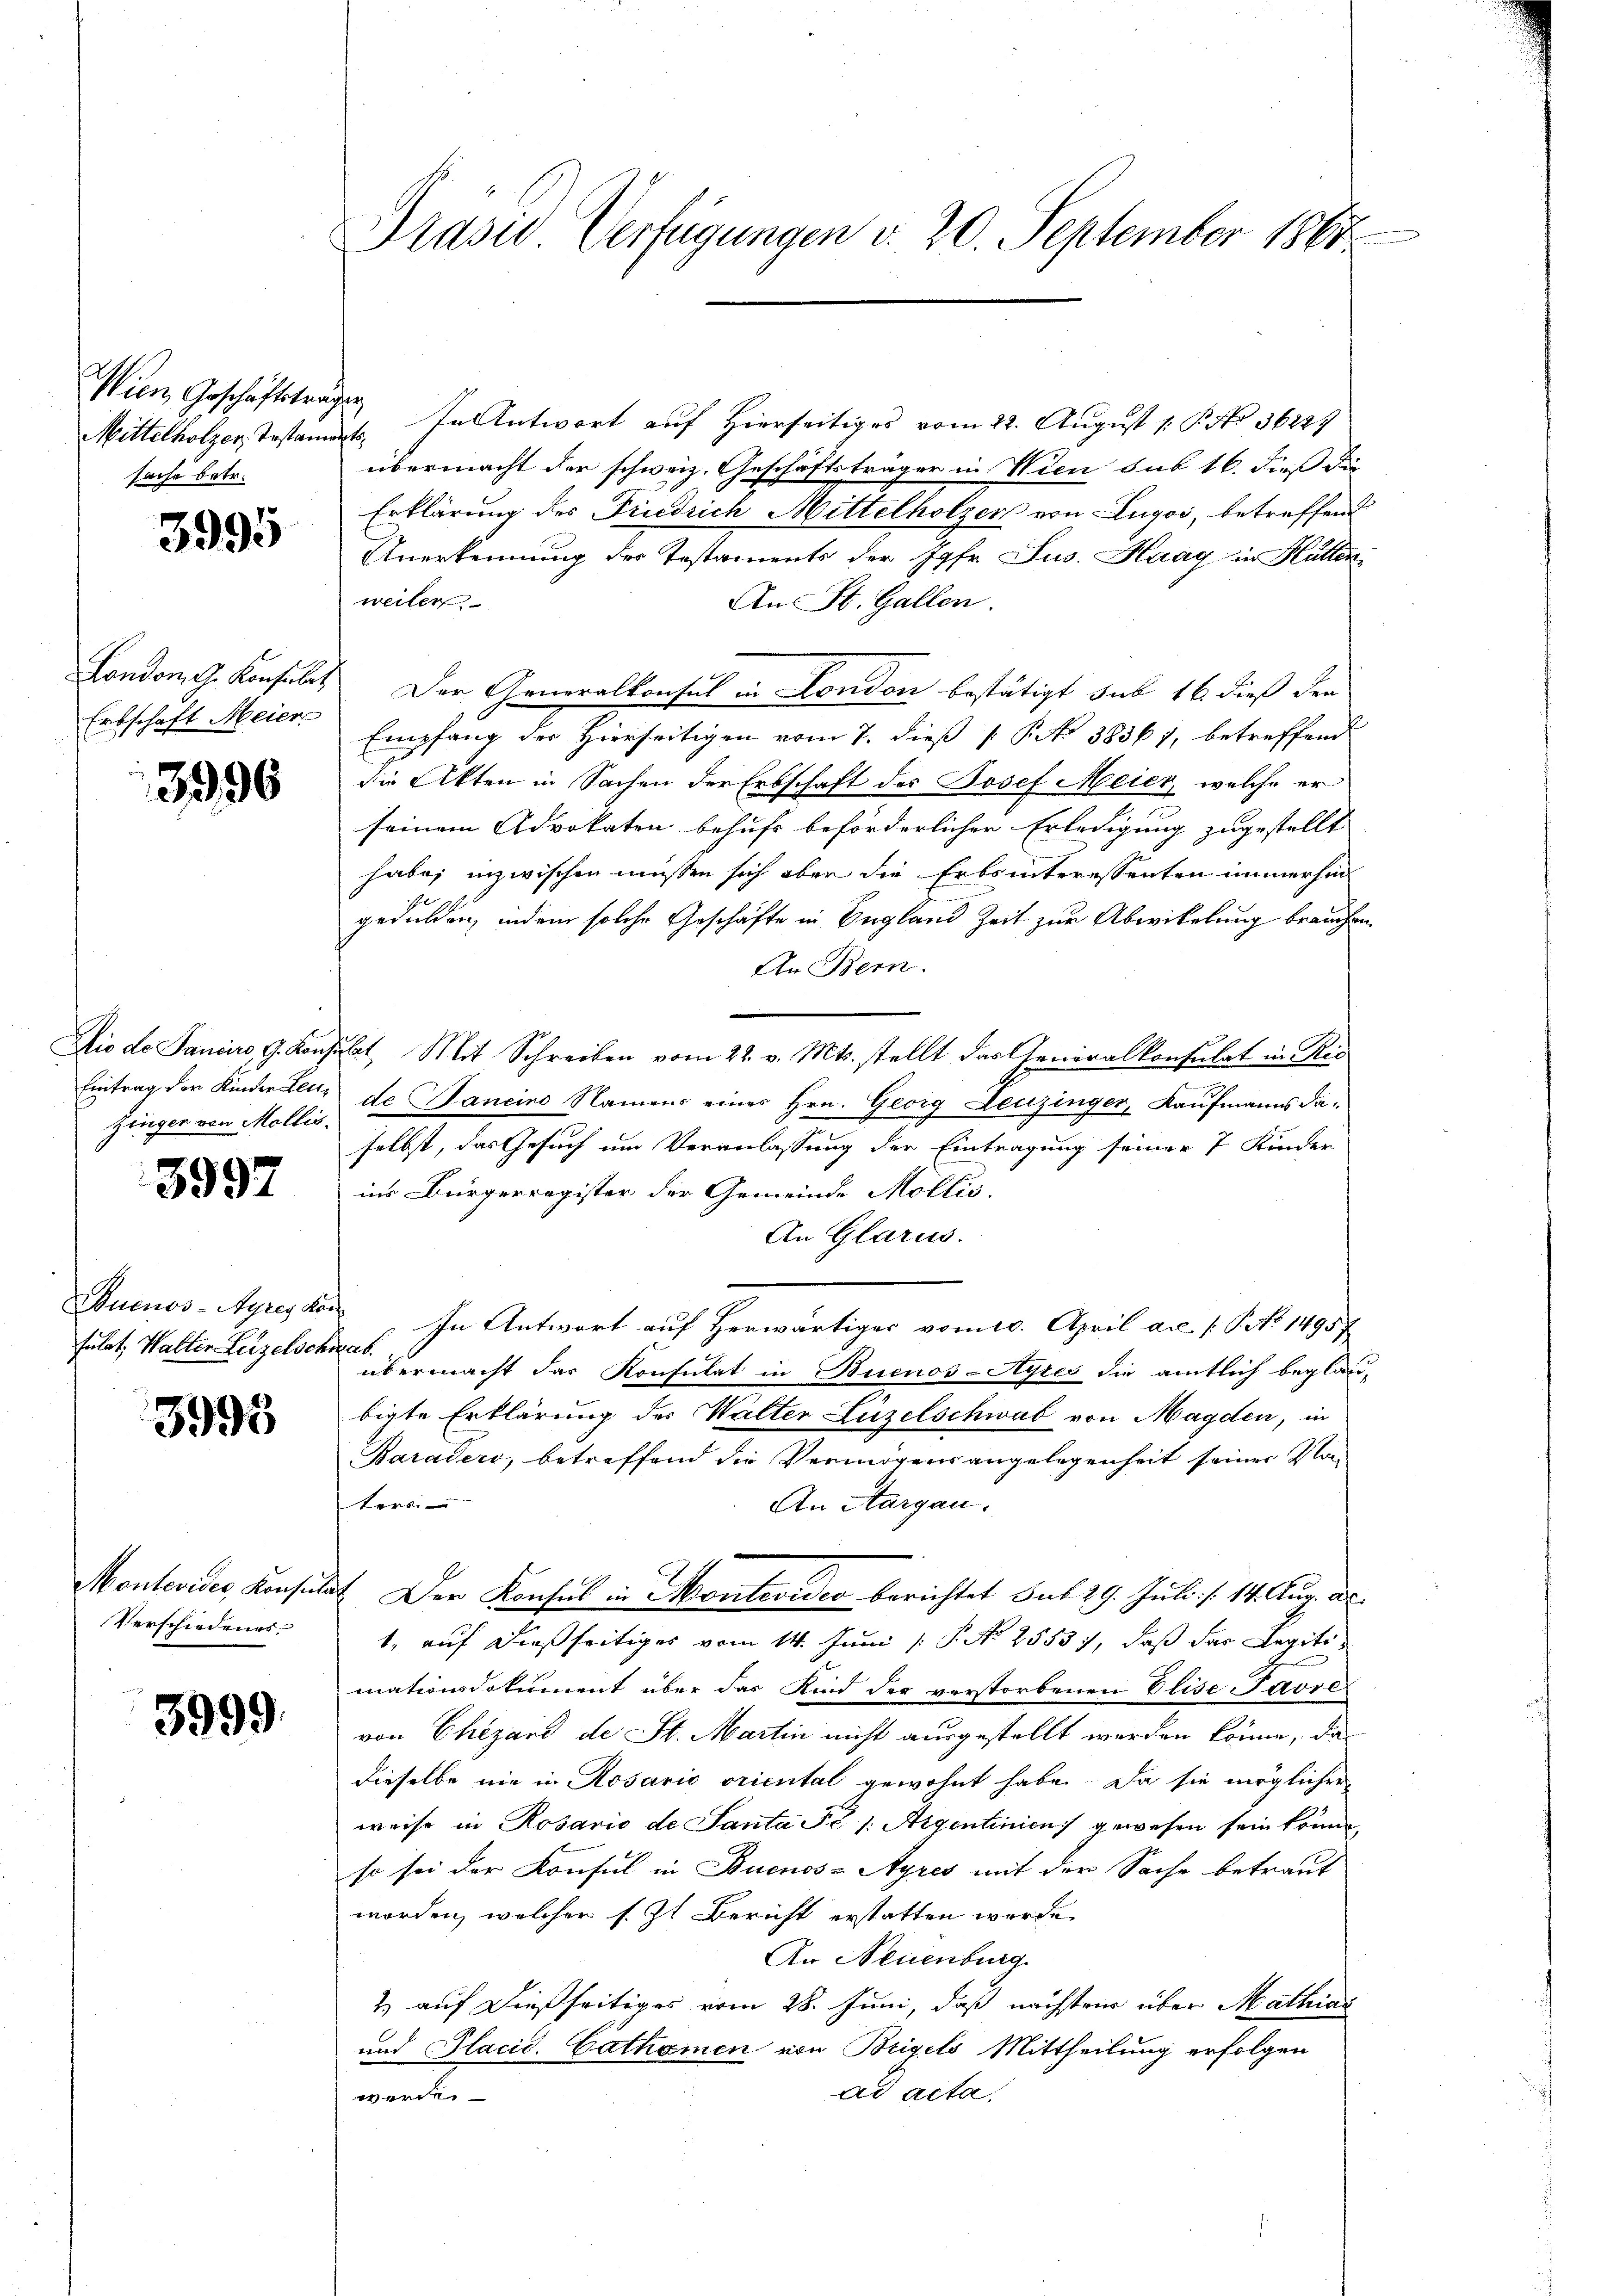
Wien Geschäftsträgen
sache betr.

3995

Erbschaft Meier

3996

Zinger von Mollis.

3997

fulat, Walter Letzelschwas

3995

Verschiedenes.

3999.

Präsid Verfügungen v. 20. September 1864

Mittelholzer, Testament. In Antwort auf Hierseitiges vom 22. August [ P. No. 36229
übermacht der schweiz. Geschäftsträger in Wien sub 16. dieß die
Erklärung des Friedrich Mittelholzer von Lugoi, betreffend
Anerkennung des Testaments der Jgfr. Sus. Haag in Hallen
weiter
An St. Gallen.
London G. Konsulat Der Generalkonsul in London bestätigt sub 16 dieß den
Empfang der Hierseitigen vom 7. dieß P. No 38361, betreffend
die Akten in Sachen der Erbschaft des Josef Meier, welche er
seinem Advokaten behufs beförderlicher Erledigung zugestellt
habe; inzwischen müssen sich aber die Erbsinteressenten immerhin
gedulden, indem solche Geschäfte in England Zeit zur Abwikelung brauchen.
An Bern.
Dio de Saniere G. Konsulat Mit Schreiben vom 22. v. Mts. stellt das Generalkonsulat in Ris
Eintrag der Kinder Lette de aneins Namens eines Hrn. Georg Leuzinger, Kaufmanns daselbst, das Gesuch um Veranlassung der Eintragung seiner 7 Kinder
ins Bürgerregister der Gemeinde Mollis.
An Glarus.
Duenos-Ayres Mon. In Antwort auf Herwärtiger vom 10. April a.c. s. S. 14957
übermacht das Konsulat in Buenos-Ayres die amtlich beglau-
bigte Erklärung des Walter Luzelschwab von Magden, in
Baradero, betreffend die Vermögensangelegenheit seiner Vo
ters.
An Aargau.
Montevider, Konsulat Der Konsul in Montevideo berichtet sub 29. Juli d. 14. Aug. a.
1, auf dießseitiges vom 14. Juni / P. No 2555), daß das Legitimationsdokument über der Kind der verstorbenen Elise-Pavre
von Chizard de St. Martin nicht ausgestellt werden könne, das
dieselbe nie in Rosario oriental gewohnt habe. Da sie möglicher
weise in Rosario de Santa Fr. /: Aigentinien) gewesen sein könne,
so sei der Konsul in Buenos-Ayres mit der Sache betraut
worden, welcher s. Zt. Bericht erstatten worde
An Neuenburg
2) auf dießseitiges vom 28. Juni, daß nächsten über Mathias
und Placid. Cathanen von Beigels Mittheilung erfolgen
ad acta.
werde.